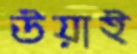
উয়াই